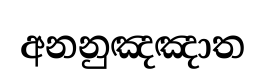
අනනුඤඤාත